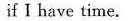
if I have time.